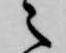
之